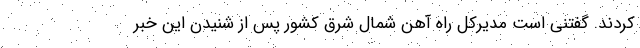
کردند. گفتنی است مدیرکل راه آهن شمال شرق کشور پس از شنیدن این خبر